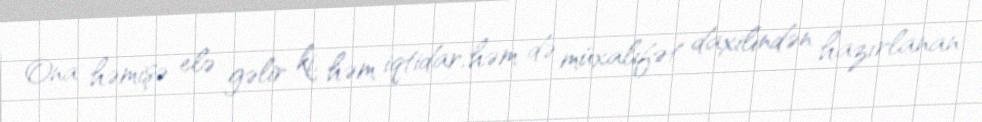
Ona həmişə elə gəlir ki, həm iqtidar, həm də müxalifət daxilindən hazırlanan